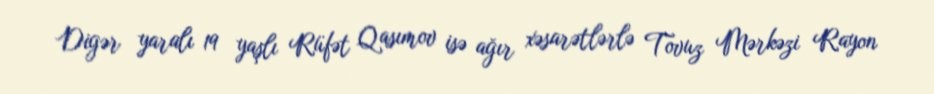
Digər yaralı 19 yaşlı Rüfət Qasımov isə ağır xəsarətlərlə Tovuz Mərkəzi Rayon